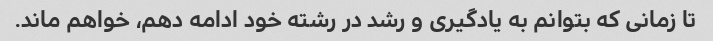
تا زمانی که بتوانم به یادگیری و رشد در رشته خود ادامه دهم، خواهم ماند.